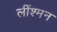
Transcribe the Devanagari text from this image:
लींश्मन